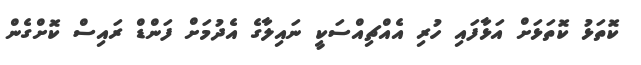
ކޮތަޅު ކޮތަޅަށް އަޅާފައި ހުރި އެއްޗިއްސަކީ ނައިލާގެ އެދުމަށް ފަންޑް ރައިސް ކޮށްގެން